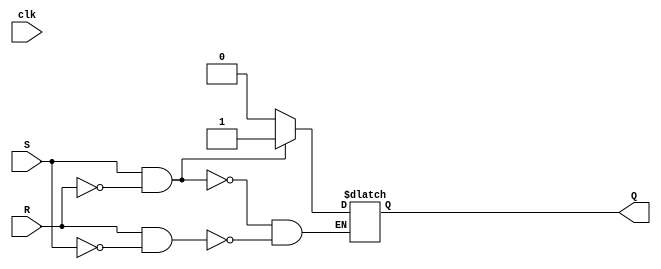
module sr_flip_flop (
    input S, // Set input
    input R, // Reset input
    input clk, // Clock input (not used for asynchronous operation)
    output reg Q // Output
);

always @* begin
    if (S && !R) begin
        Q <= 1; // Set to '1'
    end else if (R && !S) begin
        Q <= 0; // Reset to '0'
    end
    // Undefined state when both S and R are high
end

endmodule